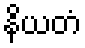
နိယတံ